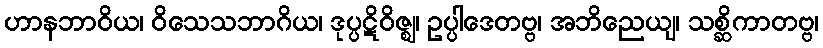
ဟာနဘာဝိယ၊ ဝိသေသဘာဂိယ၊ ဒုပ္ပဋိဝိဇ္ဈ၊ ဥပ္ပါဒေတဗ္ဗ၊ အဘိညေယျ၊ သစ္ဆိကာတဗ္ဗ၊